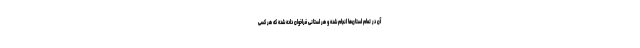
آن در تمام استان‌ها انجام شده و هر استانی فراخوان داده شده که هر کسی